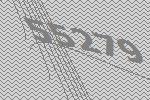
55279